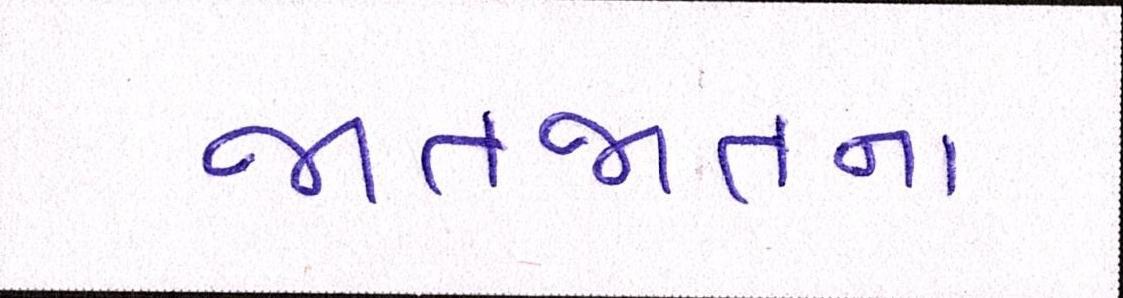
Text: જાતજાતના